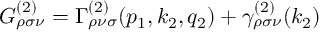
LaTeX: G _ { \rho \sigma \nu } ^ { ( 2 ) } = \Gamma _ { \rho \nu \sigma } ^ { ( 2 ) } ( p _ { 1 } , k _ { 2 } , q _ { 2 } ) + \gamma _ { \rho \sigma \nu } ^ { ( 2 ) } ( k _ { 2 } )